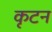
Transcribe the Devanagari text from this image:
कृटन